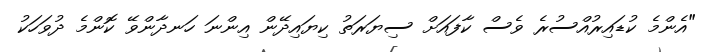
"އެންމެ ކުޑައިރުއްސުރެ ވެސް ކާފައަށް ސިޔަރަތު ކިޔައިދޭން އިންނަ ހަނދާންވޭ ކޮންމެ ދުވަހަކު